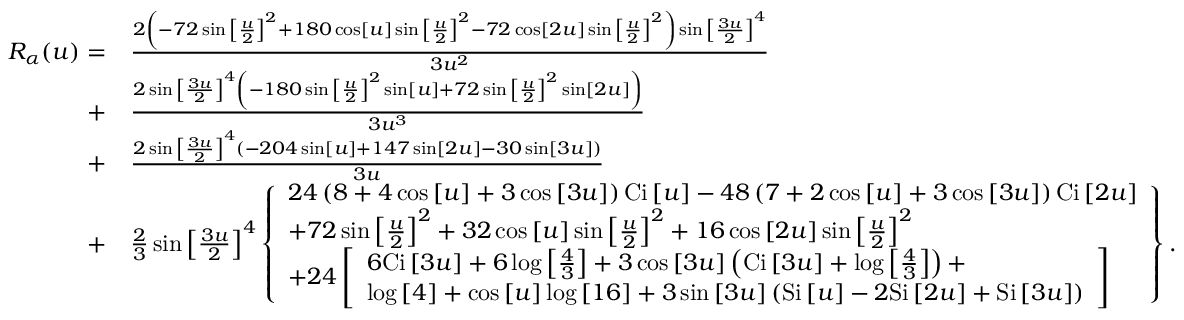
\begin{array} { r l } { { R _ { \alpha } } ( u ) = } & { \frac { { 2 \left( { - 7 2 \sin { { \left[ { \frac { u } { 2 } } \right] } ^ { 2 } } + 1 8 0 \cos \left[ u \right] \sin { { \left[ { \frac { u } { 2 } } \right] } ^ { 2 } } - 7 2 \cos \left[ { 2 u } \right] \sin { { \left[ { \frac { u } { 2 } } \right] } ^ { 2 } } } \right) \sin { { \left[ { \frac { { 3 u } } { 2 } } \right] } ^ { 4 } } } } { { 3 { u ^ { 2 } } } } } \\ { + } & { \frac { { 2 \sin { { \left[ { \frac { { 3 u } } { 2 } } \right] } ^ { 4 } } \left( { - 1 8 0 \sin { { \left[ { \frac { u } { 2 } } \right] } ^ { 2 } } \sin \left[ u \right] + 7 2 \sin { { \left[ { \frac { u } { 2 } } \right] } ^ { 2 } } \sin \left[ { 2 u } \right] } \right) } } { { 3 { u ^ { 3 } } } } } \\ { + } & { \frac { { 2 \sin { { \left[ { \frac { { 3 u } } { 2 } } \right] } ^ { 4 } } \left( { - 2 0 4 \sin \left[ u \right] + 1 4 7 \sin \left[ { 2 u } \right] - 3 0 \sin \left[ { 3 u } \right] } \right) } } { { 3 u } } } \\ { + } & { \frac { 2 } { 3 } \sin { \left[ { \frac { { 3 u } } { 2 } } \right] ^ { 4 } } \left\{ \begin{array} { l } { 2 4 \left( { 8 + 4 \cos \left[ u \right] + 3 \cos \left[ { 3 u } \right] } \right) \mathrm { { C i } } \left[ u \right] - 4 8 \left( { 7 + 2 \cos \left[ u \right] + 3 \cos \left[ { 3 u } \right] } \right) { \mathrm { C i } } \left[ { 2 u } \right] } \\ { + 7 2 \sin { \left[ { \frac { u } { 2 } } \right] ^ { 2 } } + 3 2 \cos \left[ u \right] \sin { \left[ { \frac { u } { 2 } } \right] ^ { 2 } } + 1 6 \cos \left[ { 2 u } \right] \sin { \left[ { \frac { u } { 2 } } \right] ^ { 2 } } } \\ { + 2 4 \left[ \begin{array} { l } { 6 \mathrm { { C i } } \left[ { 3 u } \right] + 6 \log \left[ { \frac { 4 } { 3 } } \right] + 3 \cos \left[ { 3 u } \right] \left( { { \mathrm { C i } } \left[ { 3 u } \right] + \log \left[ { \frac { 4 } { 3 } } \right] } \right) + } \\ { \log \left[ 4 \right] + \cos \left[ u \right] \log \left[ { 1 6 } \right] + 3 \sin \left[ { 3 u } \right] \left( { \mathrm { { S i } } \left[ u \right] - 2 { \mathrm { S i } } \left[ { 2 u } \right] + \mathrm { { S i } } \left[ { 3 u } \right] } \right) } \end{array} \right] } \end{array} \right\} . } \end{array}